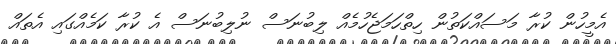
އެމީހުން ކުރާ މަސައްކަތުން ހިތްހަމަޖެހުމެއް ލިބުނަސް ނުލިބުނަސް އެ ކުރާ ކަމެއްގައި އެތައް